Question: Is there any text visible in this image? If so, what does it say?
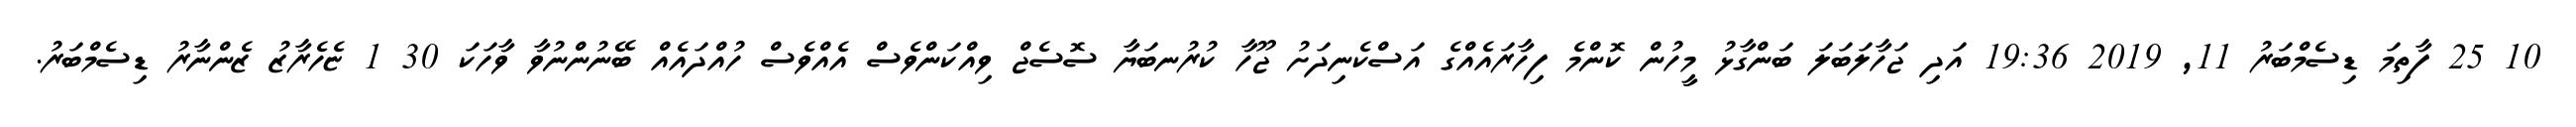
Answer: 10 25 ފާތިމަ ޑިސެމްބަރު 11, 2019 19:36 އަދި ޖަހާލަބަލަ ބަންގާޅު މީހުން ކޮންމެ ފިހާރައެއްގެ އަސްކެނިދަށު ޖޫހާ ކުރުނބަޔާ ސޮސެޖް ވިއްކަންވެސް އެއްވެސް ހުއްދައެއް ބޭނުންނުވާ ވާހަކަ 30 1 ޏެހެރާޒު ޒެންނާރު ޑިސެމްބަރު.